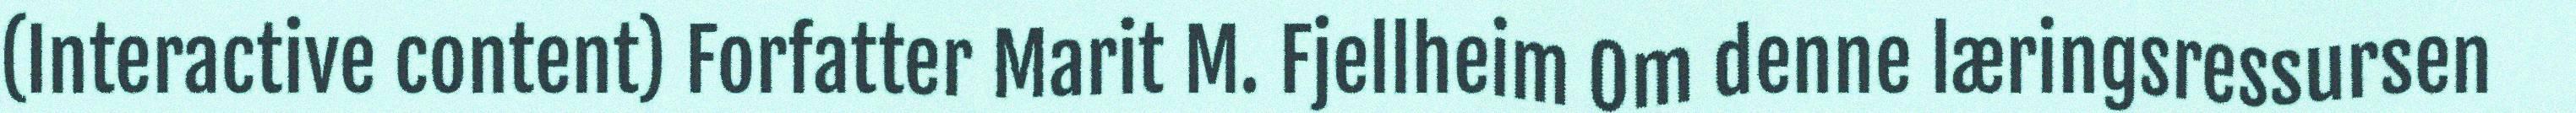
(Interactive content) Forfatter Marit M. Fjellheim Om denne læringsressursen